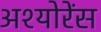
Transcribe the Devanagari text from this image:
अश्योरेंस